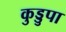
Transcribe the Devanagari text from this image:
कुड्डुपा